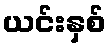
ယင်းနှစ်